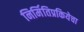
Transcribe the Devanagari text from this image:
निर्मितिप्रकियेचा